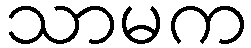
သာမက